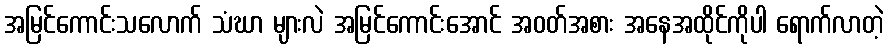
အမြင်ကောင်းသလောက် သံဃာ များလဲ အမြင်ကောင်းအောင် အဝတ်အစား အနေအထိုင်ကိုပါ ရောက်လာတဲ့